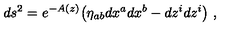
d s ^ { 2 } = e ^ { - A ( z ) } \big ( \eta _ { a b } d x ^ { a } d x ^ { b } - d z ^ { i } d z ^ { i } \big ) \ ,